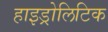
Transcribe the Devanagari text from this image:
हाइड्रोलिटिक